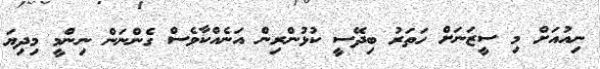
ނިއުއަށް މި ސީޒަނަށް ހަތަރު ބިދޭސީ ކުޅުންރިން އަނެއްކާވެސް ގެންނަން ނިންމީ މިދިޔަ